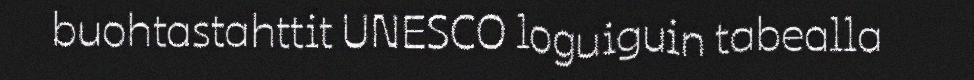
buohtastahttit UNESCO loguiguin tabealla